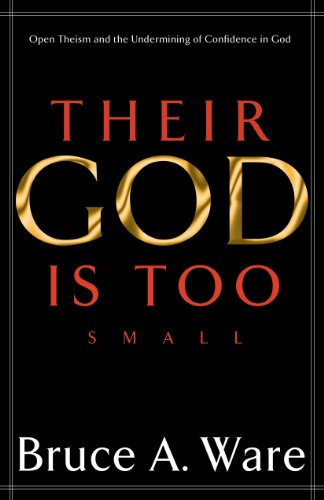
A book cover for Their God Is Too Small: Open Theism and the Undermining of Confidence in God; Bruce A. Ware; Religion & Spirituality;